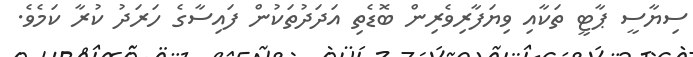
ސިޔާސީ ޕާޓީ ތަކާއި ވިޔަފާރިވެރިން ބޮޑެތި އަދަދުތަކުން ފައިސާގެ ހަރަދު ކުރާ ކަމެވެ.